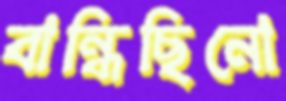
বান্ধিছিনো